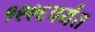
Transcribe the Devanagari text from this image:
१९९६पर्यंत